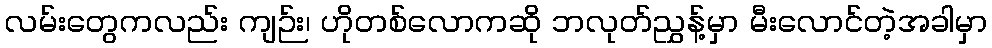
လမ်းတွေကလည်း ကျဉ်း၊ ဟိုတစ်လောကဆို ဘလုတ်ညွှန့်မှာ မီးလောင်တဲ့အခါမှာ